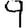
Digit: 9